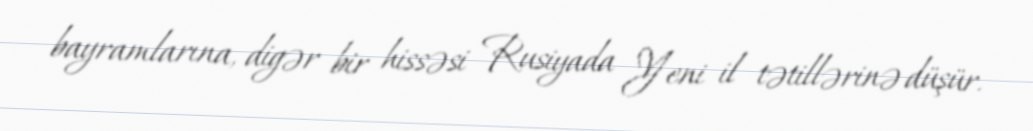
bayramlarına, digər bir hissəsi Rusiyada Yeni il tətillərinə düşür.